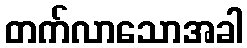
တက်လာသောအခါ